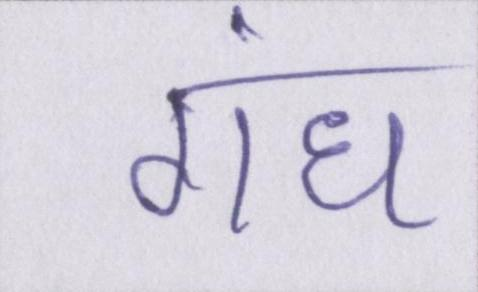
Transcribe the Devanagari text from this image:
गंध